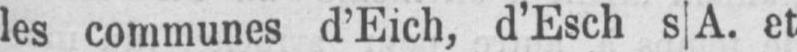
les communes d’Eich, d’Esch s|A. et